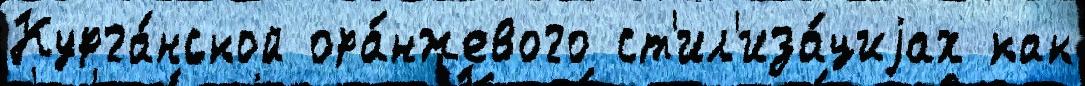
Курга́нской ора́нжевого ст'ил'иза́циjах как